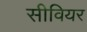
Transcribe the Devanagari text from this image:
सीवियर